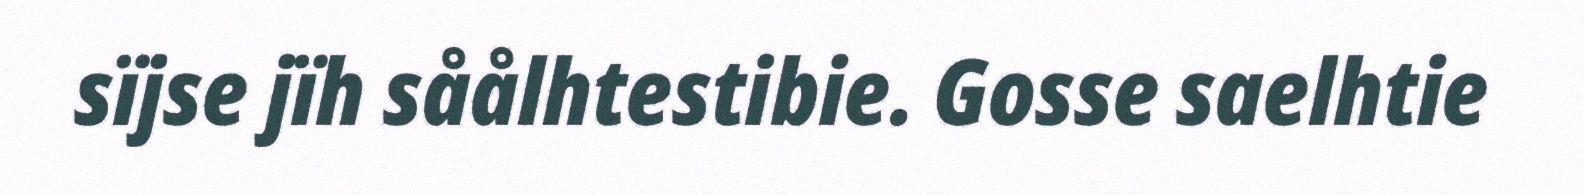
sïjse jïh såålhtestibie. Gosse saelhtie